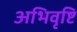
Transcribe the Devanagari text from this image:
अभिवृष्टि